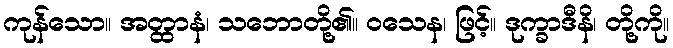
ကုန်သော။ အတ္ထာနံ၊ သဘောတို့၏။ ဝသေန၊ ဖြင့်။ ဒုက္ခာဒီနိ၊ တို့ကို။